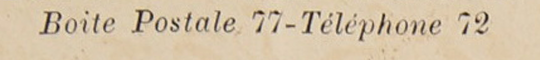
Boite Postale 77-Téléphone 72